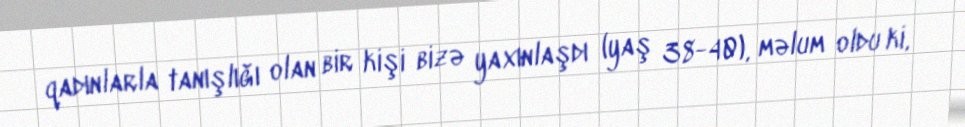
qadınlarla tanışlığı olan bir kişi bizə yaxınlaşdı (yaş 38-40), məlum oldu ki,